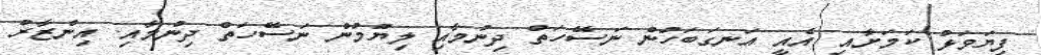
ފިޔަވަޅު ކަމަށާއި އެއީ އަނގަބަހުން ނަސޭހަތް ދިނުމާއި ލިޔުމުން ނަސޭހަތް ދިނުމާއި. އިންޒާރު